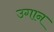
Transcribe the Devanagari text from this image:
उगान